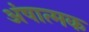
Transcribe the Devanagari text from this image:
अंषात्मक